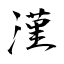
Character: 漌